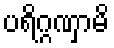
ပရိဂ္ဂဏှာမိ